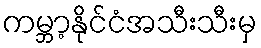
ကမ္ဘာ့နိုင်ငံအသီးသီးမှ